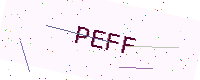
Text: PEFF